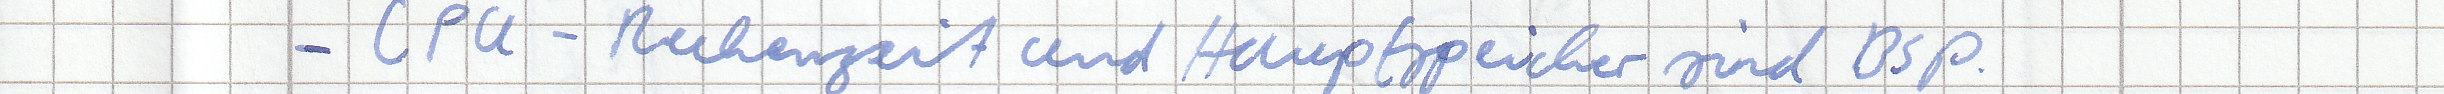
- CPU-Rechenzeit und Hauptspeicher sind Bsp.